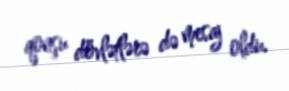
qonşu dövlətlərə də mesaj oldu.